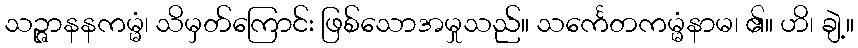
သဉ္ဇာနနကမ္မံ၊ သိမှတ်ကြောင်း ဖြစ်သောအမှုသည်။ သင်္ကေတကမ္မံနာမ၊ ၏။ ဟိ၊ ချဲ့။